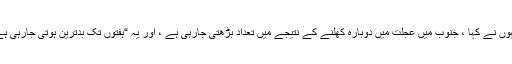
انہوں نے کہا ، جنوب میں عجلت میں دوبارہ کھلنے کے نتیجے میں تعداد بڑھتی جارہی ہے ، اور یہ “ہفتوں تک بدترین ہوتی جارہی ہے۔